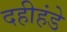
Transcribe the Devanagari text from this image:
दहीहंडे